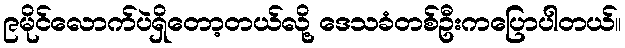
၉မိုင်လောက်ပဲရှိတော့တယ်လို့ ဒေသခံတစ်ဦးကပြောပါတယ်။